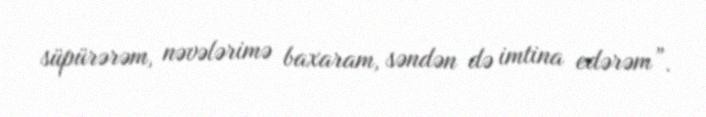
süpürərəm, nəvələrimə baxaram, səndən də imtina edərəm”.